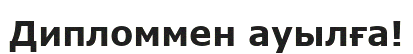
Дипломмен ауылға!